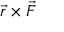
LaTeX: { \vec { r } } \times { \vec { F } }